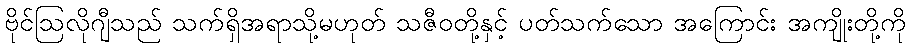
ဗိုင်ဩလိုဂျီသည် သက်ရှိအရာသို့မဟုတ် သဇီဝတို့နှင့် ပတ်သက်သော အကြောင်း အကျိုးတို့ကို